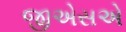
જીએસએ